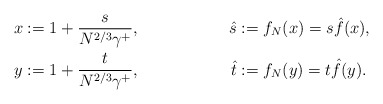
\begin{align*}x&:= 1+ \frac{s}{ N^{2/3} \gamma^+}, & \hat{s}&:= f_N(x)=s \hat{f}(x), \\y&:= 1+ \frac{t}{ N^{2/3} \gamma^+}, & \hat{t}&:= f_N(y)=t \hat{f}(y).\end{align*}